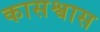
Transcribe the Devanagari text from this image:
कासश्वास